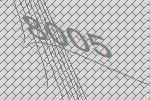
8005